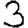
Digit: 3